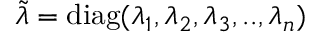
\Tilde { \lambda } = \mathrm { d i a g ( } \lambda _ { 1 } , \lambda _ { 2 } , \lambda _ { 3 } , . . , \lambda _ { n } )